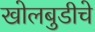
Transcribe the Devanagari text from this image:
खोलबुडीचे